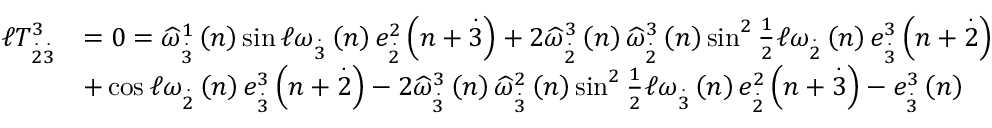
\begin{array} { r l } { \mathcal { \ell } T _ { \overset { . } { 2 } \overset { . } { 3 } } ^ { 3 } } & { = 0 = \widehat { \omega } _ { \overset { . } { 3 } } ^ { 1 } \left( n \right) \sin \mathcal { \ell } \omega _ { \overset { . } { 3 } } \left( n \right) e _ { \overset { . } { 2 } } ^ { 2 } \left( n + \overset { . } { 3 } \right) + 2 \widehat { \omega } _ { \overset { . } { 2 } } ^ { 3 } \left( n \right) \widehat { \omega } _ { \overset { . } { 2 } } ^ { 3 } \left( n \right) \sin ^ { 2 } \frac { 1 } { 2 } \mathcal { \ell } \omega _ { \overset { . } { 2 } } \left( n \right) e _ { \overset { . } { 3 } } ^ { 3 } \left( n + \overset { . } { 2 } \right) } \\ & { + \cos \mathcal { \ell } \omega _ { \overset { . } { 2 } } \left( n \right) e _ { \overset { . } { 3 } } ^ { 3 } \left( n + \overset { . } { 2 } \right) - 2 \widehat { \omega } _ { \overset { . } { 3 } } ^ { 3 } \left( n \right) \widehat { \omega } _ { \overset { . } { 3 } } ^ { 2 } \left( n \right) \sin ^ { 2 } \frac { 1 } { 2 } \mathcal { \ell } \omega _ { \overset { . } { 3 } } \left( n \right) e _ { \overset { . } { 2 } } ^ { 2 } \left( n + \overset { . } { 3 } \right) - e _ { \overset { . } { 3 } } ^ { 3 } \left( n \right) } \end{array}